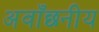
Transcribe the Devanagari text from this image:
अवाँछनीय